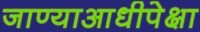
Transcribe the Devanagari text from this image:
जाण्याआधीपेक्षा